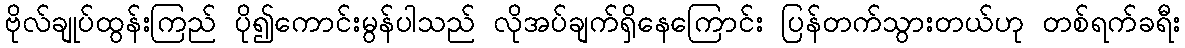
ဗိုလ်ချုပ်ထွန်းကြည် ပို၍ကောင်းမွန်ပါသည် လိုအပ်ချက်ရှိနေကြောင်း ပြန်တက်သွားတယ်ဟု တစ်ရက်ခရီး